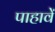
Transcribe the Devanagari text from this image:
पाहावें